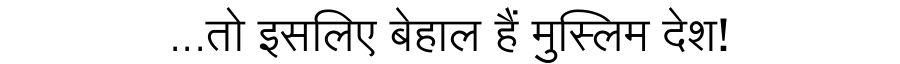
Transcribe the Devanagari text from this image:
...तो इसलिए बेहाल हैं मुस्लिम देश!